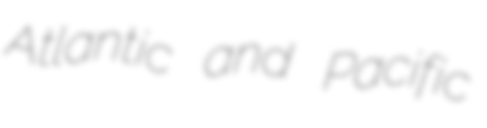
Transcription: Atlantic and Pacific